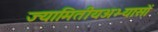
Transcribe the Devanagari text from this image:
ज्यामितीयअभ्यासों